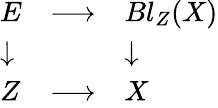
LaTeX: \begin{array}{lll}{E}&{\longrightarrow}&{Bl_{Z}(X)}\\ {\downarrow}&{}&{\downarrow}\\ {Z}&{\longrightarrow}&{X}\end{array}